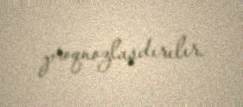
proqnozlaşdırılır.